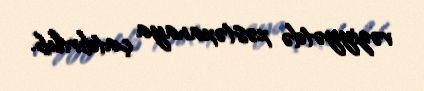
vəziyyətdə xəstəxanaya çatdırılıb.